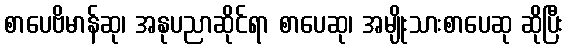
စာပေဗိမာန်ဆု၊ အနုပညာဆိုင်ရာ စာပေဆု၊ အမျိုးသားစာပေဆု ဆိုပြီး